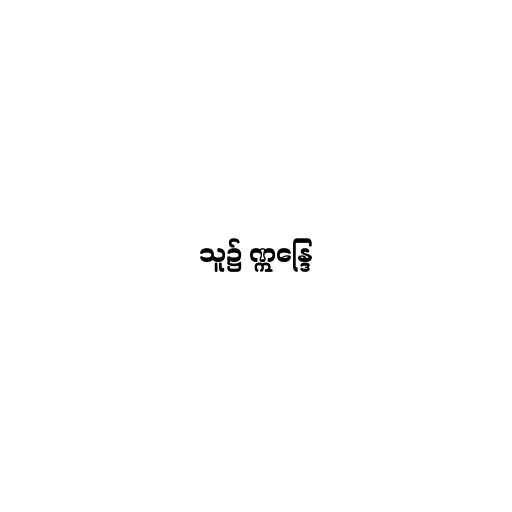
သူ၌ ဣန္ဒြေ